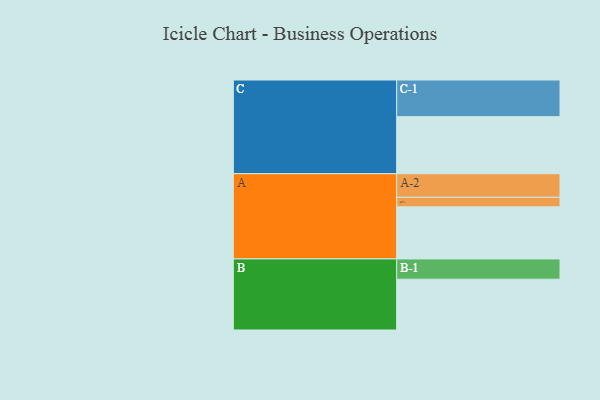
{"axis": {"x": "Segment", "y": "Value"}, "legend": ["", "A", "B", "C"], "data": [{"x": "A", "y": 375, "type": ""}, {"x": "B", "y": 366, "type": ""}, {"x": "C", "y": 411, "type": ""}, {"x": "A-1", "y": 69, "type": "A"}, {"x": "A-2", "y": 170, "type": "A"}, {"x": "B-1", "y": 146, "type": "B"}, {"x": "C-1", "y": 264, "type": "C"}]}